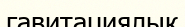
гавитациялық